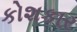
કોશકાર